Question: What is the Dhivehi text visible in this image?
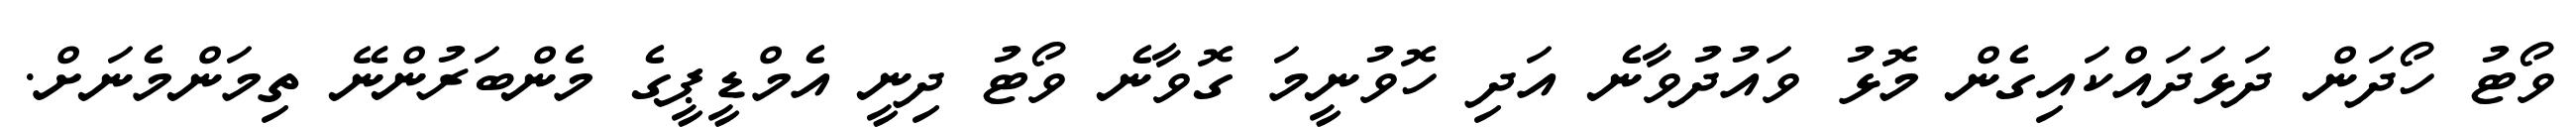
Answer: ވޯޓު ހޯދަން ދަޅަދައްކައިގެން މޮޅު ވައުދުވާނެ އަދި ހޮވުނީމަ ގޮވާނެ ވޯޓު ދިނީ އެމްޑީޕީގެ މެންބަރުންނޭ ތިމަންމެނަށް.